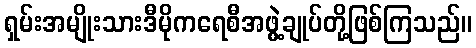
ရှမ်းအမျိုးသားဒီမိုကရေစီအဖွဲ့ချုပ်တို့ဖြစ်ကြသည်။